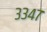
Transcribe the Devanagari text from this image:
३३४७